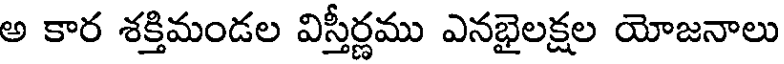
అ కార శక్తిమండల విస్తీర్ణము ఎనభైలక్షల యోజనాలు